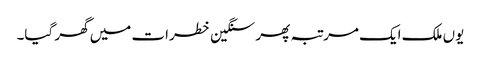
یوں ملک ایک مرتبہ پھر سنگین خطرات میں گھر گیا۔